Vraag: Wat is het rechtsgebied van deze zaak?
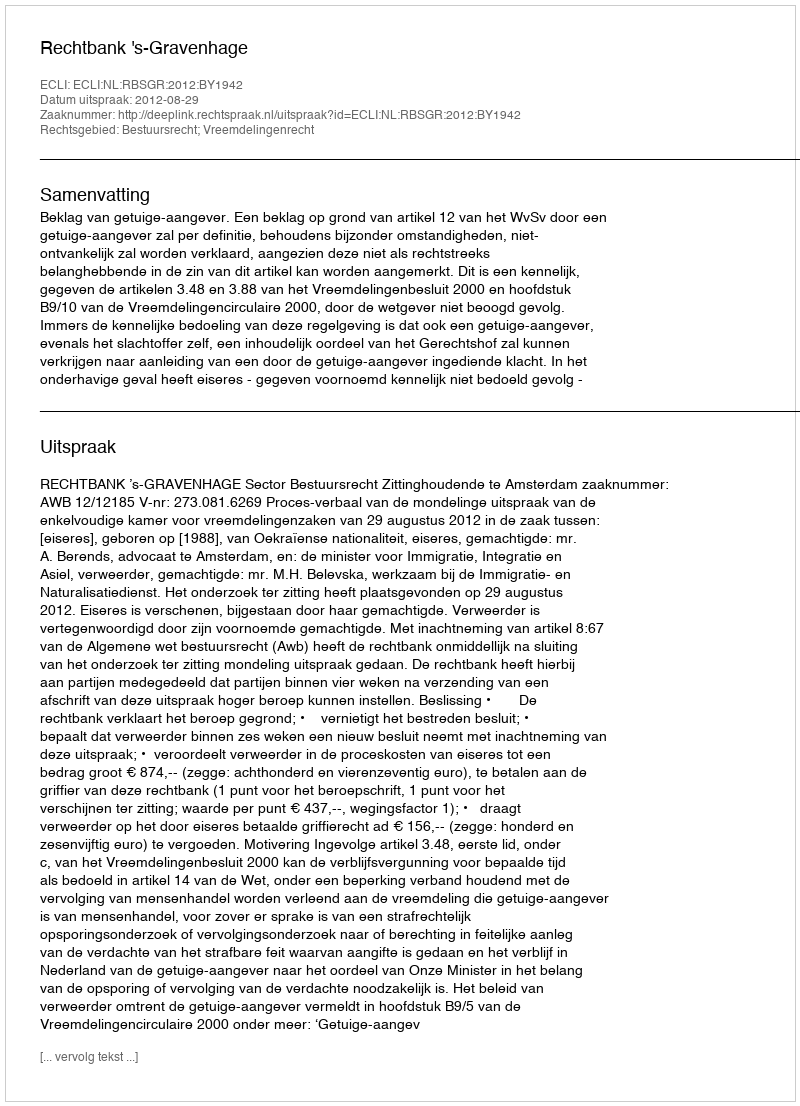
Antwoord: Bestuursrecht; Vreemdelingenrecht